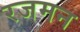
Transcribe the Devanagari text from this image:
रजमन